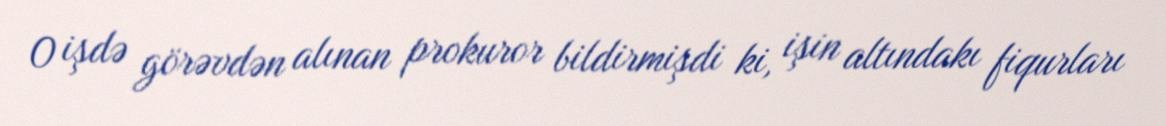
O işdə görəvdən alınan prokuror bildirmişdi ki, işin altındakı fiqurları